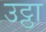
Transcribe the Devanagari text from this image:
उट्ठा